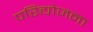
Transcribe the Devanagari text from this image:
परिद्योजना